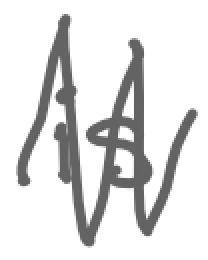
Text: is
Cross-out: zig-zag
Writing tool: digital_gray